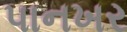
પાનખર